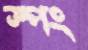
স্পং